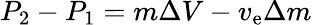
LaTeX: P_{2}-P_{1}=m\Delta V-v_{\mathrm{e}}\Delta m